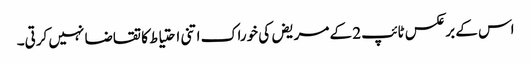
اس کے برعکس ٹائپ 2 کے مریض کی خوراک اتنی احتیاط کا تقاضا نہیں کرتی۔